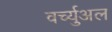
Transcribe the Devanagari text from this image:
वर्च्युअल